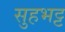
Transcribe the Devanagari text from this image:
सुहभट्ट